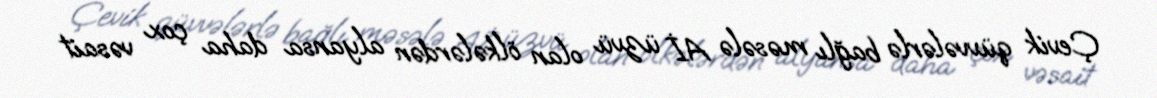
Çevik qüvvələrlə bağlı məsələ Aİ üzvü olan ölkələrdən alyansa daha çox vəsait